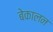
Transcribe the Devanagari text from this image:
बेकालन